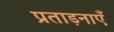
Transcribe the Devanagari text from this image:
प्रताड़नाएँ